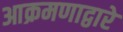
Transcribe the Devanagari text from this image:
आक्रमणाद्वारे